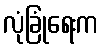
လုံခြုံရေးက